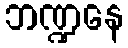
ဘဏ္ဍနေ